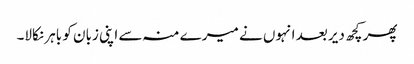
پھر کچھ دیر بعد انہوں نے میرے منہ سے اپنی زبان کو باہر نکالا۔